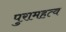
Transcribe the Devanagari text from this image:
पुरामहत्व